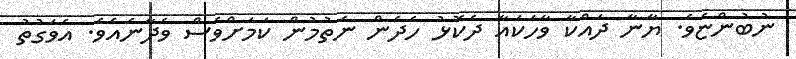
ނުބުންޏެވެ. ޔާނާ ދައްކާ ވާހަކައާ ދެކޮޅު ހެދެން ނެތުމުން ކަމަށްވެސް ވެދާނެއެވެ. އެވަގުތު